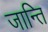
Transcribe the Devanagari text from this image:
जान्ति